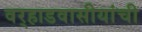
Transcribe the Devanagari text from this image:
वर्‍हाडवासीयांची